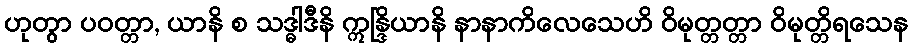
ဟုတွာ ပဝတ္တာ, ယာနိ စ သဒ္ဓါဒီနိ ဣန္ဒြိယာနိ နာနာကိလေသေဟိ ဝိမုတ္တတ္တာ ဝိမုတ္တိရသေန